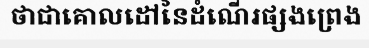
ថាជាគោលដៅនៃដំណើរផ្សងព្រេង